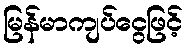
မြန်မာကျပ်ငွေဖြင့်